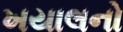
ખયાલનો